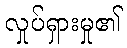
လှုပ်ရှားမှု၏